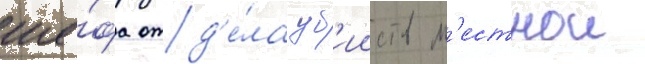
ше́фа отд'е́ла уб'ииств м'естнои